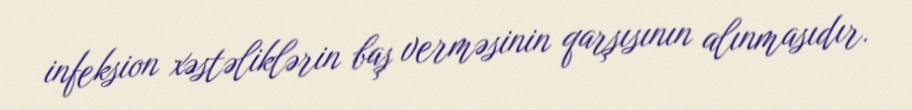
infeksion xəstəliklərin baş verməsinin qarşısının alınmasıdır.